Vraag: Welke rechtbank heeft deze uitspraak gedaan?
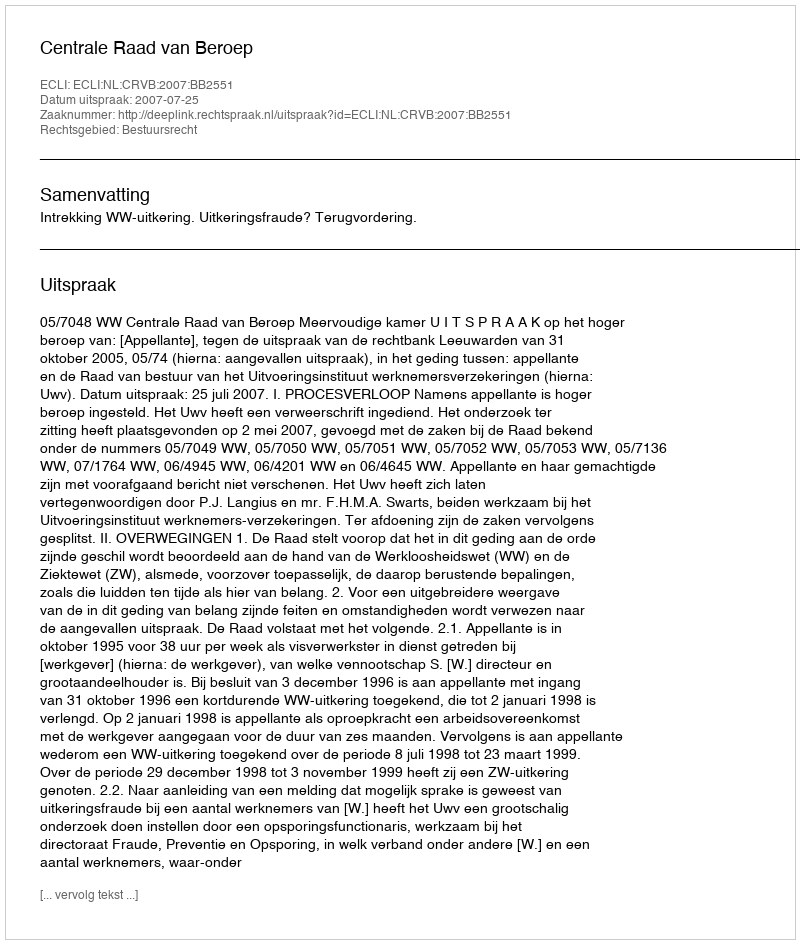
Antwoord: Centrale Raad van Beroep